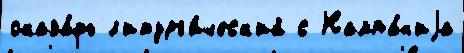
оказа́ть л'итург'и́ческ'ий с Кампа́н'иjа